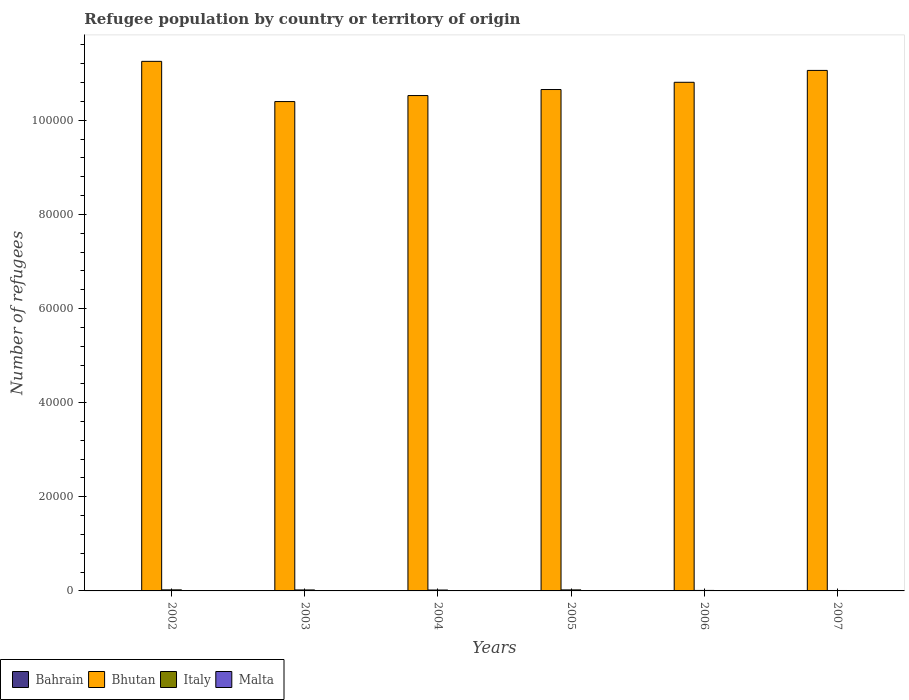
| Years | Bahrain | Bhutan | Italy | Malta |
 | --- | --- | --- | --- | --- |
 | 2002 | 50 | 1.13e+05 | 224 | 8 |
 | 2003 | 52 | 1.04e+05 | 207 | 7 |
 | 2004 | 52 | 1.05e+05 | 192 | 3 |
 | 2005 | 41 | 1.07e+05 | 217 | 5 |
 | 2006 | 62 | 1.08e+05 | 105 | 28 |
 | 2007 | 73 | 1.11e+05 | 90 | 9 |